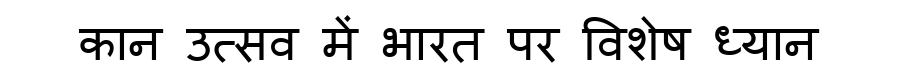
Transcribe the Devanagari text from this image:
कान उत्सव में भारत पर विशेष ध्यान